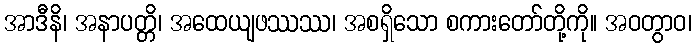
အာဒီနိ၊ အနာပတ္တိ၊ အထေယျဖဿဿ၊ အစရှိသော စကားတော်တို့ကို။ အဝတွာဝ၊